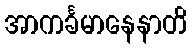
အာကင်္ခမာနေနာတိ